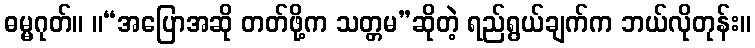
ဓမ္မဂုတ်။ ။“အပြောအဆို တတ်ဖို့က သတ္တမ”ဆိုတဲ့ ရည်ရွယ်ချက်က ဘယ်လိုတုန်း။